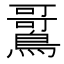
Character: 𫛌